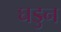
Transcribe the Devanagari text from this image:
घडुन